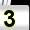
Digit: 3